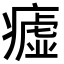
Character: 𤺞